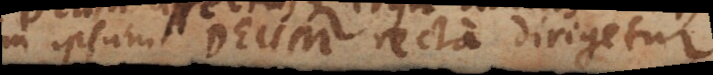
in ipsum Deum recta dirigetur.